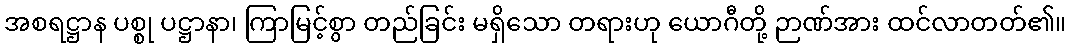
အစရဋ္ဌာန ပစ္စု ပဋ္ဌာနာ၊ ကြာမြင့်စွာ တည်ခြင်း မရှိသော တရားဟု ယောဂီတို့ ဉာဏ်အား ထင်လာတတ်၏။